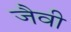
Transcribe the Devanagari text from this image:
जैवी